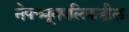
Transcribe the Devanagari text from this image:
नेपच्यूनपलिकडील